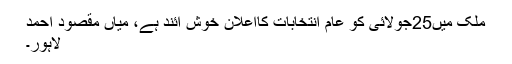
ملک میں25جولائی کو عام انتخابات کااعلان خوش آئند ہے، میاں مقصود احمد
لاہور۔